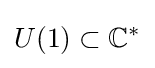
U(1)\subset \mathbb {C} ^{*}